Report on sanitation, dispensaries, and jails in Rajputana for 1920, and on vaccination for the year 1920-1921 - 1920-1921
Year: 1920
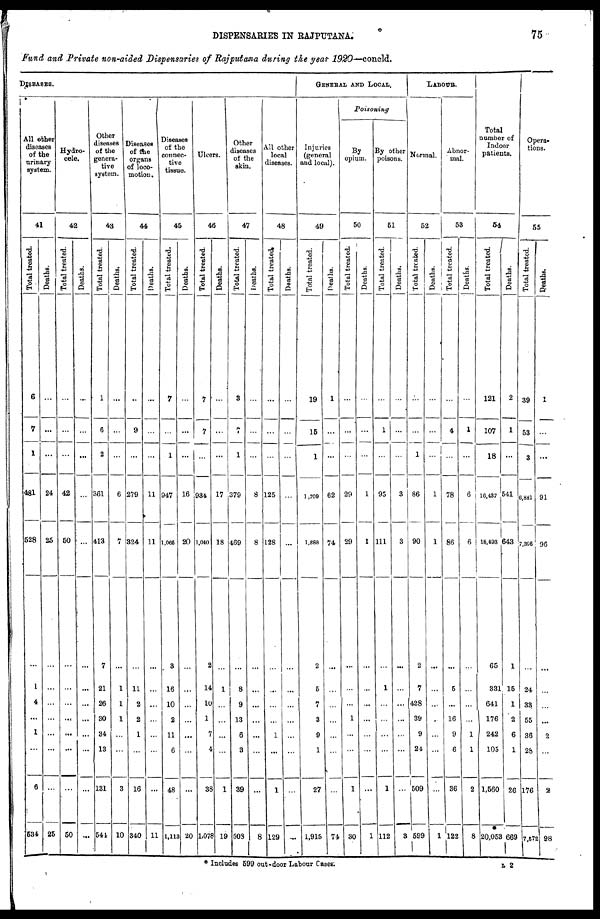
DISPENSARIES IN RAJPUTANA.
75
Fund and Private non-aided Dispensaries of Rajputana during the year 1920—concld.
DISEASES.
All other
diseases
of the
urinary
system.
41
Total treated.
6
7
1
481
528
...
1
4
...
1
...
6
534
Deaths.
...
...
...
24
25
...
...
...
...
...
...
...
25
Hydro-
cele.
42
Total treated.
...
...
...
42
50
...
...
...
...
...
...
...
50
Deaths.
...
...
...
...
...
...
...
...
...
...
...
...
...
Other
diseases
of the
genera-
tive
system.
43
Total treated.
1
6
2
361
413
7
21
26
30
34
13
131
544
Deaths.
...
...
...
6
7
...
1
1
1
...
...
3
10
Diseases
of the
organs
of loco-
motion.
44
Total treated.
...
9
...
279
324
...
11
2
2
1
...
16
340
Deaths.
...
...
...
11
11
...
...
...
...
...
...
...
11
Diseases
of the
connec-
tive
tissue.
45
Total treated.
7
...
1
947
1,065
3
16
10
2
11
6
48
1,113
Deaths.
...
...
...
16
20
...
...
...
...
...
...
...
20
Ulcers.
46
Total treated.
7
7
...
934
1,040
2
14
10
1
7
4
38
1,078
Deaths.
...
...
...
17
18
...
1
...
...
...
...
1
19
Other
diseases
of the
skin.
47
Total treated.
3
7
1
379
469
...
8
9
13
6
3
39
508
Deaths.
...
...
...
8
8
...
...
...
...
...
...
...
8
All other
local
diseases.
48
Total treated.
...
...
...
125
128
...
...
...
...
1
...
1
129
Deaths.
...
...
...
...
...
...
...
...
...
...
...
...
...
GENERAL AND LOCAL.
Injuries
(general
and local).
49
Total treated.
19
15
1
1,709
1,888
2
5
7
3
9
1
27
1,915
Deaths.
1
...
...
62
74
...
...
...
...
...
...
...
74
Poisoning
By
opium.
50
Total treated.
...
...
...
29
29
...
...
...
1
...
...
1
30
Deaths.
...
...
...
1
1
...
...
...
...
...
...
...
1
By other
poisons.
51
Total treated.
...
1
...
95
111
...
1
...
...
...
...
1
112
Deaths.
...
...
...
3
3
...
...
...
...
...
...
...
3
LABOUR.
Normal.
52
Total treated.
...
...
1
86
90
2
7
428
39
9
24
509
599
Deaths.
...
...
...
1
1
...
...
...
...
...
...
...
1
Abnor-
mal.
53
Total treated.
...
4
...
78
86
...
5
...
16
9
6
36
122
Deaths.
...
1
...
6
6
...
...
...
...
1
1
2
8
Total
number of
Indoor
patients.
54
Total treated.
121
107
18
16,437
18,493
65
331
641
176
242
105
1,560
20,053
Deaths.
2
1
...
541
643
1
15
1
2
6
1
26
669
Opera-
tions.
55
Total treated.
39
53
3
3,881
7,396
...
24
33
55
36
28
176
7,572
Deaths.
1
...
...
91
96
...
...
...
...
2
...
2
98
* Includes 599 out-door Labour Cases.
L 2